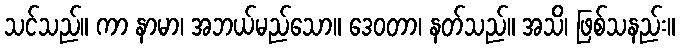
သင်သည်။ ကာ နာမာ၊ အဘယ်မည်သော။ ဒေဝတာ၊ နတ်သည်။ အသိ၊ ဖြစ်သနည်း။